Civil Veterinary Department. United Provinces 1932-42 - 1932-1942
Year: 1932
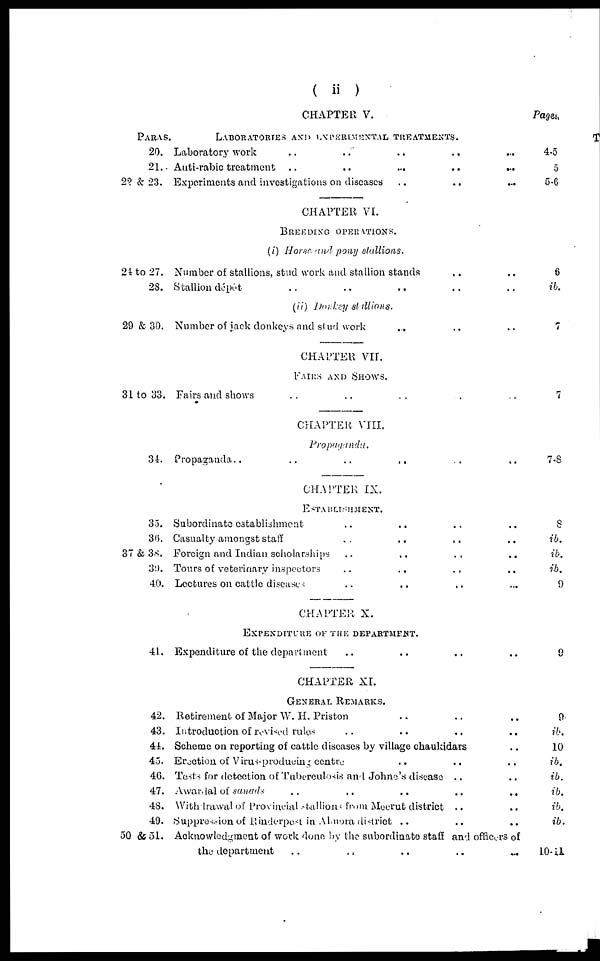
( ii )
PARAS
20.
21.
22 & 23.
24 to 27.
23.
29 & 30.
31 to 33.
34.
35.
30.
37 & 38.
39.
40.
41.
42.
43.
44.
45.
46.
47.
43.
49.
50 & 51.
CHAPTER V.
LABORATORIES AND EXPERIMENTAL TREATMENTS.
Laboratory work
Anti-rabic treatment
..
..
... .. ..
Experiments and investigations on diseases
..
..
...
CHAPTER VI.
BREEDING OPERATIONS.
(i) Horse and pony stallions.
Number of stallions, stud work and stallion stands
..
..
Stallion dépot
..
..
..
(ii) Donkey stallions.
Number of jack donkeys and stud work
...
CHAPTER VII.
FAIRS AND SHOWS.
Fairs and shows
CHAPTER VIII.
Propaganda.
Propaganda..
..
..
..
CHAPTER IX.
ESTABLISHMENT.
Subordinate establishment
..
..
Casualty amongst staff
..
..
Foreign and Indian scholarships
..
..
..
Tours of veterinary inspectors .. .. .. ..
Lectures on cattle diseases .. ..
CHAPTER X.
EXPENDITURE OF THE DEPARTMENT.
Expenditure of the department
CHAPTER XI.
GENERAL REMARKS.
Retirement of Major W. H. Priston
..
..
..
Introduction of revised rules .. .. .. ..
Scheme on reporting of cattle diseases by village chaukidars ..
Erection of Virus-producing centre .. .. ..
Tests for detection of Tuberculosis and Johne's disease .. ..
Awarded of
sanads
..
..
..
..
...
Withdrawal of Provincial stallions from Meerut district .. ..
Suppression of Rinderpest in Almora district .. .. ..
Acknowledgment of work done by the subordinate staff and officers of
the department .. .. .. .. ..
Pages.
4-5
5
5-6
6
ib.
7
7
7.8
8
ib.
ib.
ib.
9
9
9
ib.
10
ib.
ib.
ib.
ib.
ib.
10-11